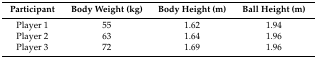
<table><thead><tr><td><b>Participant</b></td><td><b>Body Weight (kg)</b></td><td><b>Body Height (m)</b></td><td><b>Ball Height (m)</b></td></tr></thead><tbody><tr><td>Player 1</td><td>55</td><td>1.62</td><td>1.94</td></tr><tr><td>Player 2</td><td>63</td><td>1.64</td><td>1.96</td></tr><tr><td>Player 3</td><td>72</td><td>1.69</td><td>1.96</td></tr></tbody></table>